Report of the Bombay Veterinary College
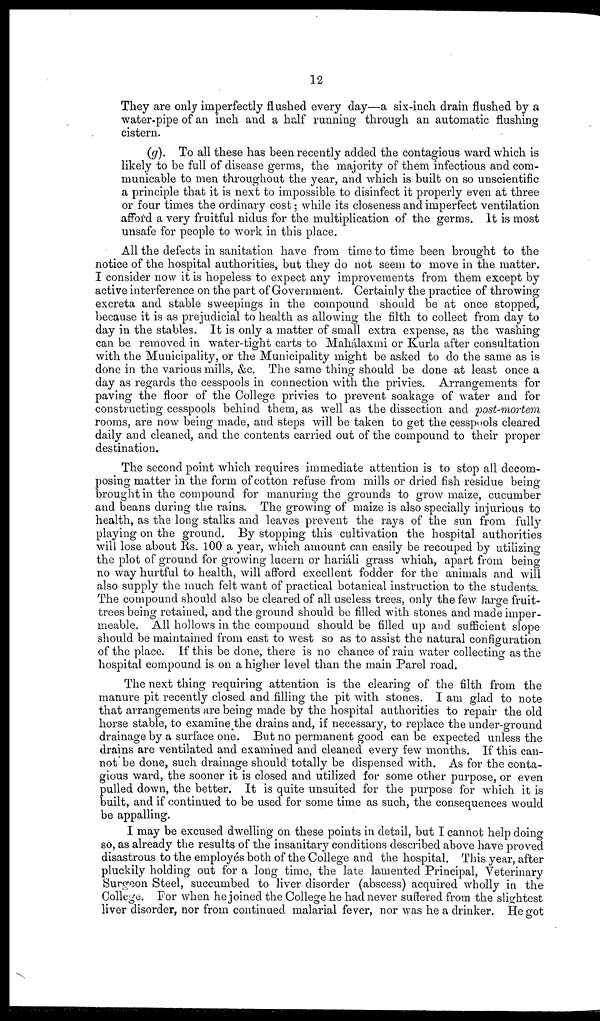
12
They are only imperfectly flushed every day—a six-inch drain flushed by a
water-pipe of an inch and a half running through an automatic flushing
cistern.
(g). To all these has been recently added the contagious ward which is
likely to be full of disease germs, the majority of them infectious and com-
municable to men throughout the year, and which is built on so unscientific
a principle that it is next to impossible to disinfect it properly even at three
or four times the ordinary cost; while its closeness and imperfect ventilation
afford a very fruitful nidus for the multiplication of the germs. It is most
unsafe for people to work in this place.
All the defects in sanitation have from time to time been brought to the
notice of the hospital authorities, but they do not seem to move in the matter.
I consider now it is hopeless to expect any improvements from them except by
active interference on the part of Government. Certainly the practice of throwing
excreta and stable sweepings in the compound should be at once stopped,
because it is as prejudicial to health as allowing the filth to collect from day to
day in the stables. It is only a matter of small extra expense, as the washing
can be removed in water-tight carts to Mahálaxmi or Kurla after consultation
with the Municipality, or the Municipality might be asked to do the same as is
done in the various mills, &c. The same thing should be done at least once a
day as regards the cesspools in connection with the privies. Arrangements for
paving the floor of the College privies to prevent soakage of water and for
constructing cesspools behind them, as well as the dissection and post-mortem
rooms, are now being made, and steps will be taken to get the cesspools cleared
daily and cleaned, and the contents carried out of the compound to their proper
destination.
The second point which requires immediate attention is to stop all decom-
posing matter in the form of cotton refuse from mills or dried fish residue being
brought in the compound for manuring the grounds to grow maize, cucumber
and beans during the rains. The growing of maize is also specially injurious to
health, as the long stalks and leaves prevent the rays of the sun from fully
playing on the ground. By stopping this cultivation the hospital authorities
will lose about Rs. 100 a year, which amount can easily be recouped by utilizing
the plot of ground for growing lucern or hariáli grass which, apart from being
no way hurtful to health, will afford excellent fodder for the animals and will
also supply the much felt want of practical botanical instruction to the students.
The compound should also be cleared of all useless trees, only the few large fruit-
trees being retained, and the ground should be filled with stones and made imper-
meable. All hollows in the compound should be filled up and sufficient slope
should be maintained from east to west so as to assist the natural configuration
of the place. If this be done, there is no chance of rain water collecting as the
hospital compound is on a higher level than the main Parel road.
The next thing requiring attention is the clearing of the filth from the
manure pit recently closed and filling the pit with stones. I am glad to note
that arrangements are being made by the hospital authorities to repair the old
horse stable, to examine the drains and, if necessary, to replace the under-ground
drainage by a surface one. But no permanent good can be expected unless the
drains are ventilated and examined and cleaned every few months. If this can-
not'be done, such drainage should totally be dispensed with. As for the conta-
gious ward, the sooner it is closed and utilized for some other purpose, or even
pulled down, the better. It is quite unsuited for the purpose for which it is
built, and if continued to be used for some time as such, the consequences would
be appalling.
I may be excused dwelling on these points in detail, but I cannot help doing
so, as already the results of the insanitary conditions described above have proved
disastrous to the employés both of the College and the hospital. This year, after
pluckily holding out for a long time, the late lamented Principal, Veterinary
Surgeon Steel, succumbed to liver disorder (abscess) acquired wholly in the
College. For when he joined the College he had never suffered from the slightest
liver disorder, nor from continued malarial fever, nor was he a drinker. He got